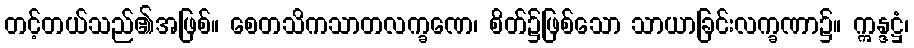
တင့်တယ်သည်၏အဖြစ်။ စေတသိကသာတလက္ခဏေ၊ စိတ်၌ဖြစ်သော သာယာခြင်းလက္ခဏာ၌။ ဣန္ဒဋ္ဌံ၊